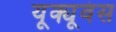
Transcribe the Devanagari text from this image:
यूक्यूवंस